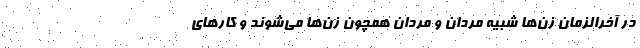
در آخرالزمان زن‌ها شبیه مردان و مردان همچون زن‌ها می‌شوند و کارهای